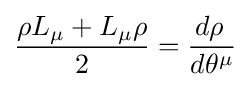
{\frac {\rho L_{\mu }+L_{\mu }\rho }{2}}={\frac {d\rho ^{\,}}{d\theta ^{\mu }}}